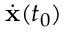
\dot { { \bf x } } ( t _ { 0 } )